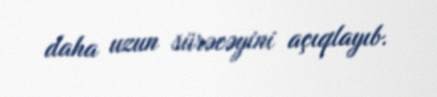
daha uzun sürəcəyini açıqlayıb.